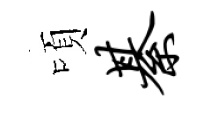
頃綦